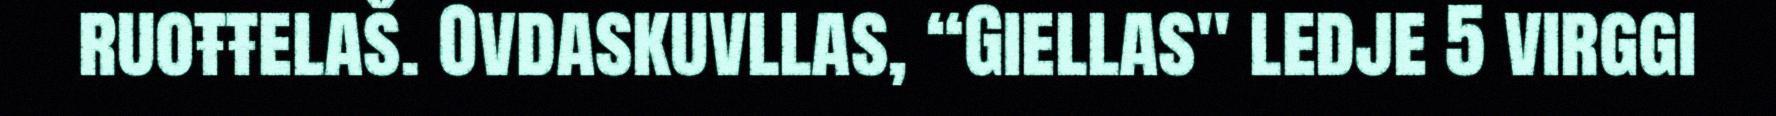
ruoŧŧelaš. Ovdaskuvllas, “Giellas" ledje 5 virggi